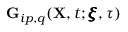
\mathbf { G } _ { i p , q } ( \mathbf { X } , t ; \pmb { \xi } , \tau )